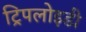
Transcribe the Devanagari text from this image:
ट्रिपलोइडी